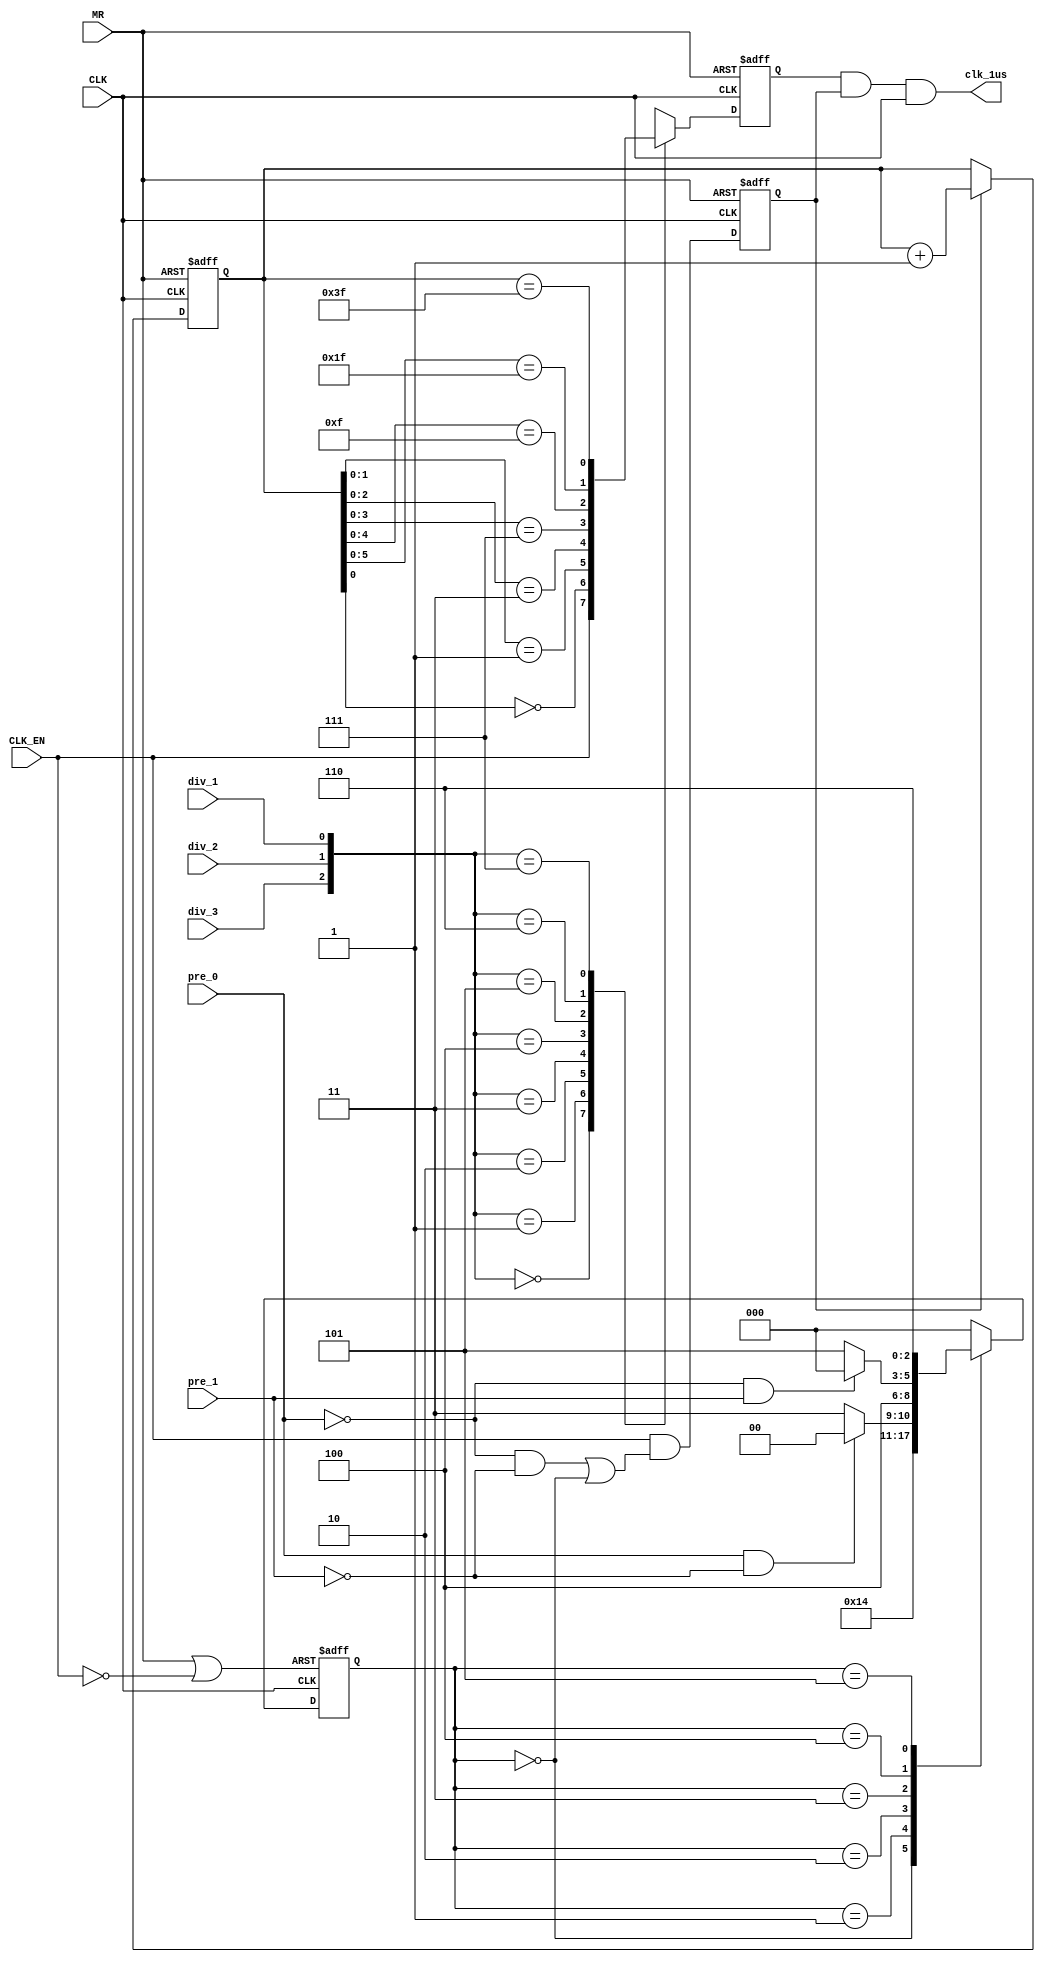
module clk_prescaler_1( 
   CLK, CLK_EN, div_1, div_2, div_3, MR, pre_0, pre_1, clk_1us);
   input  CLK;
   input  CLK_EN;              
   input  div_1;               
   input  div_2;               
   input  div_3;               
   input  MR;
   input  pre_0;               
   input  pre_1;               
   output clk_1us;             
   wire   CLK;
   wire   MR;
   wire   pre_0;
   wire   pre_1;
   wire   div_1;
   wire   div_2;
   wire   div_3;
   wire   clk_prescaled;      
   reg    clk_1us;            
   reg    clk_div;            
   reg    en_div;             
   reg    clk_prescaled_reg;
   reg [6:0] div_cnt;
   reg [2:0] ClkPrescale;
   parameter [2:0] s0=3'b000, s1=3'b001, s2=3'b010, s3=3'b011, s4=3'b100,
                   s5=3'b101, s6=3'b110;
  wire rst_clk = MR || !CLK_EN;
  always @(posedge rst_clk or posedge CLK)
    if(rst_clk)
      ClkPrescale <= s0;
    else
      case(ClkPrescale)
        s0:      ClkPrescale <= s1;
        s1:      ClkPrescale <= s2;
        s2:      if(pre_0 && !pre_1)
                   ClkPrescale <= s0;
                 else
                   ClkPrescale <= s3;
        s3:      ClkPrescale <= s4;
        s4:      if(!pre_0 && pre_1)
                   ClkPrescale <= s0;
                 else
                   ClkPrescale <= s5;
        s5:      ClkPrescale <= s6;
        s6:      ClkPrescale <= s0;
        default: ClkPrescale<=s0;
      endcase
   reg en_clk;
   always @(posedge MR or posedge CLK)
      if (MR)
         clk_prescaled_reg<=1;
      else
         clk_prescaled_reg <= (!ClkPrescale[0] && !ClkPrescale[1] 
                               && !ClkPrescale[2]);  
  always @(posedge MR or negedge CLK)
    if (MR)
      en_clk <= 1'b1;
    else
      en_clk <= CLK_EN && ((!pre_0 && !pre_1) || (ClkPrescale[2:0] == 3'b000));
  assign clk_prescaled = en_clk & CLK;
  always @(posedge MR or posedge CLK)
    if (MR)
      div_cnt <= 7'h00;
    else if (en_clk)
      div_cnt <= div_cnt + 1;
  reg    clk_1us_en;
  always @(posedge MR or negedge CLK)
    if (MR) 
      clk_1us_en <= 1'b1;
    else
      case ({div_3, div_2, div_1})
        3'b000 : clk_1us_en <= CLK_EN;
        3'b001 : clk_1us_en <= ~div_cnt[0];
        3'b010 : clk_1us_en <= (div_cnt[1:0] == 2'h1);
        3'b011 : clk_1us_en <= (div_cnt[2:0] == 3'h3);
        3'b100 : clk_1us_en <= (div_cnt[3:0] == 4'h7);
        3'b101 : clk_1us_en <= (div_cnt[4:0] == 5'h0f);
        3'b110 : clk_1us_en <= (div_cnt[5:0] == 6'h1f);
        3'b111 : clk_1us_en <= (div_cnt[6:0] == 7'h3f);
      endcase
  always @(clk_1us_en or en_clk or CLK)
    clk_1us = clk_1us_en & en_clk & CLK;
endmodule